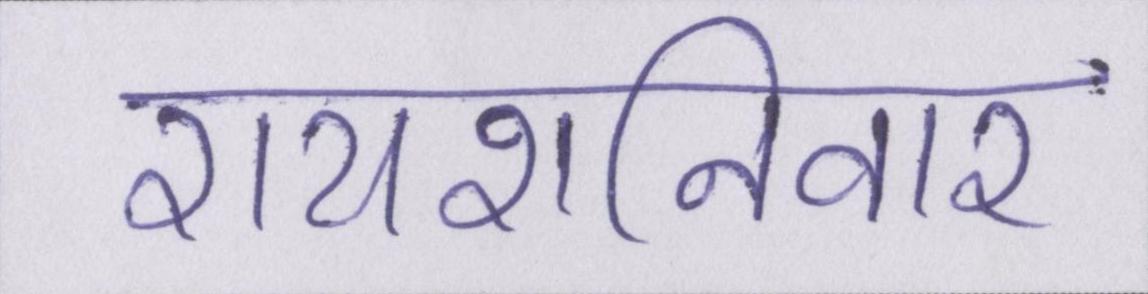
रायशनिवार